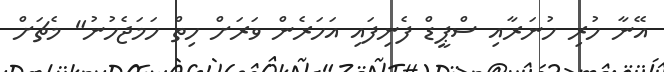
އޭނާ ހުރި ހުނަރާއި ސްޕީޑް ފެނިފައި އަހަރެން ވަރަށް ހިތް ހަމަޖެހުނު" މެޗަށް